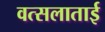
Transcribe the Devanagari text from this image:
वत्सलाताई